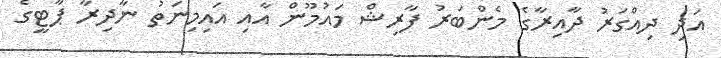
އަދި ދިއްގަރު ދާއިރާގެ މެންބަރު ފާރިޝް މައުމޫން އާއި އައިމިނަތު ނާދިރާ ޕާޓީގެ